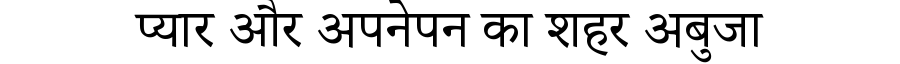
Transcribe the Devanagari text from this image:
प्यार और अपनेपन का शहर अबुजा